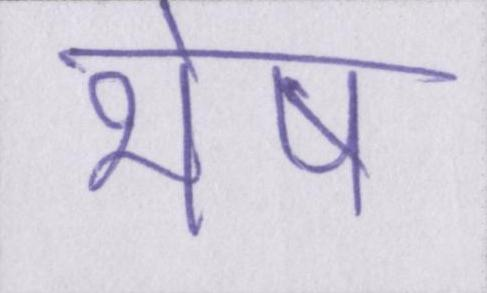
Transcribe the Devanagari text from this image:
भेष